Mental hospitals Bombay report 1929-33 - 1929-1933
Year: 1929
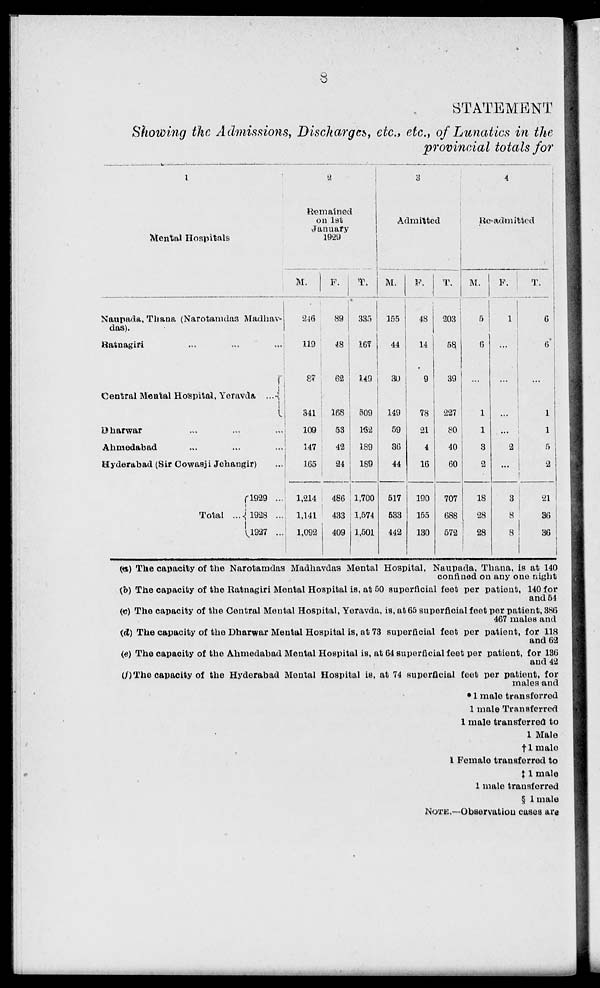
8
STATEMENT
Showing the Admissions, Discharges, etc., etc., of Lunatics in the
provincial totals for
1
Mental Hospitals
Naupada, Thana (Narotamdas Madhav-
das).
Ratnagiri ... ... ...
Central Mental Hospital, Yeravda ...
Dharwar
...
... ...
Ahmedabad
...
...
...
Hyderabad (Sir Cowasji Jehangir)
...
Total ....
1929 ...
1928 ....
1927 ...
2
Remained
on 1st
January
1929
M.
246
119
87
341
109
147
165
1,214
1,141
1,092
F.
89
48
62
168
53
42
24
486
433
409
T.
335
167
149
509
162
189
189
1,700
1,574
1,501
3
Admitted
M.
155
44
30
149
59
36
44
517
533
442
F.
48
14
9
78
21
4
16
190
155
130
T.
203
58
39
227
80
40
60
707
688
572
4
Re-admitted
M.
5
6
...
1
1
3
2
18
28
28
F.
1
...
6
...
...
2
...
3
8
8
T.
6
6
...
1
1
5
2
21
36
36
(a) The capacity of the Narotamdas Madhavdas Mental Hospital, Naupada, Thana, is at 140
confined on any one night
(b) The capacity of the Ratnagiri Mental Hospital is, at 50 superficial feet per patient, 140 for
and 54
(c) The capacity of the Central Mental Hospital, Yeravda, is, at 65 superficial feet per patient, 386
467 males and
(d) The capacity of the Dharwar Mental Hospital is, at 73 superficial feet per patient, for 118
and 62
(e) The capacity of the Ahmedabad Mental Hospital is, at 64 superficial feet per patient, for 136
and 42
(f) The capacity of the Hyderabad Mental Hospital is, at 74 superficial feet per patient, for
males and
* 1 male transferred
1 male Transferred
1 male transferred to
1 Male
†1 male
1 Female transferred to
‡1 male
1 male transferred
§ 1male
NOTE.—Observation cases are